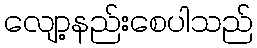
လျော့နည်းစေပါသည်